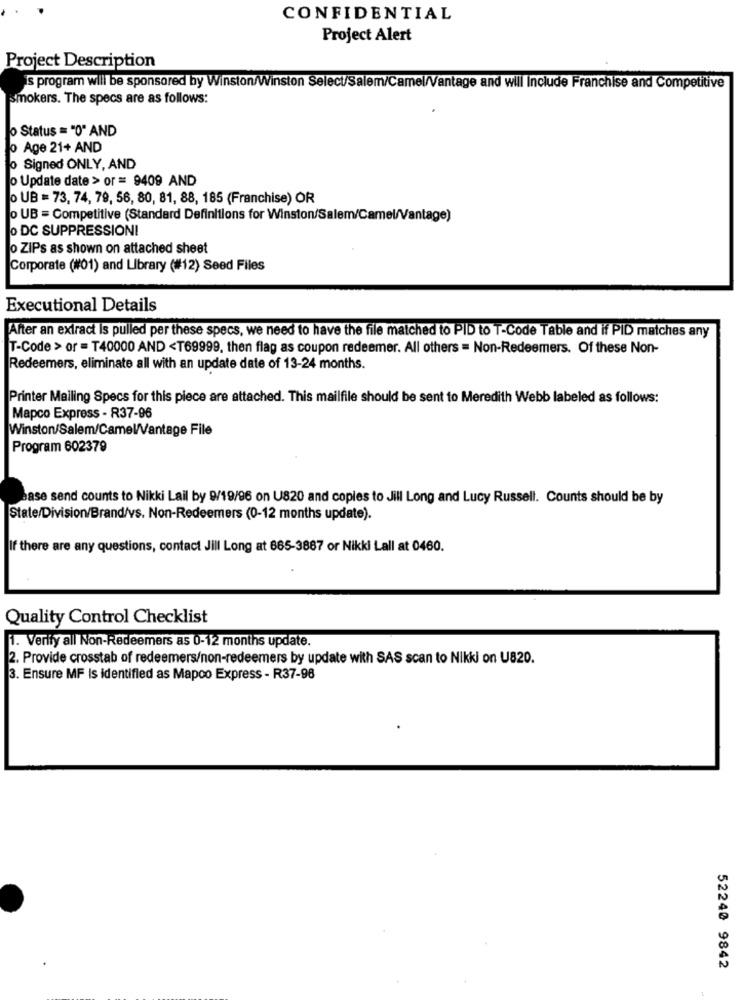
CONFIDENTIAL
Project Alert
Project Description
is program will be sponsored by Winston/Winston Select/Salem/Camel/Vantage and will Include Franchise and Competitive
Smokers. The specs are as follows:
o Status = "0" AND
o Age 21+ AND
o Signed ONLY, AND
o Update date > or = 9409 AND
o UB = 73, 74, 79, 56, 80, 81, 88, 185 (Franchise) OR
o UB = Competitive (Standard Definitions for Winston/Salem/Camel/Vantage)
o DC SUPPRESSIONI
o ZiPs as shown on attached sheet
Corporate (#01) and Library (#12) Seed Files
Executional Details
After an extract is pulled per these specs, we need to have the file matched to PID to T-Code Table and if PID matches any
T-Code > or = T40000 AND <T69999, then flag as coupon redeemer. All others = Non-Redeemers. Of these Non-
Redeemers, eliminate all with an update date of 13-24 months.
Printer Mailing Specs for this piece are attached. This mailfile should be sent to Meredith Webb labeled as follows:
Mapco Express - R37-96
Winston/Salem/CamelVantage File
Program 602379
Base send counts to Nikki Lail by 9/19/96 on US20 and copies to Jill Long and Lucy Russell. Counts should be by
State/Division/Brand/vs. Non-Redeemers (0-12 months update).
If there are any questions, contact Jill Long at 665-3887 or Nikki Lall at 0460.
Quality Control Checklist
1. Verity all Non-Redeemers as 0-12 months update.
2. Provide crosstab of redeemers/non-redeemers by update with SAS scan to Nikki on U820.
3. Ensure MF Is identified as Mapoo Express - R37-98
52240 9842